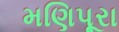
મણિપૂરા